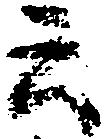
云